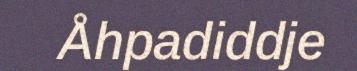
Åhpadiddje